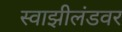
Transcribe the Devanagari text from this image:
स्वाझीलंडवर